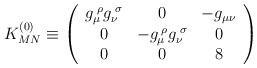
\begin{align*}K^{(0)}_{MN} \equiv \left( \begin{array}{ccc} g_{\mu}^{\;\rho} g_{\nu}^{\;\sigma}& 0 & - g_{\mu \nu} \\ 0 & - g_{\mu}^{\;\rho} g_{\nu}^{\;\sigma}& 0 \\ 0 & 0 & 8 \\ \end{array} \right)\end{align*}